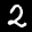
Label: 2